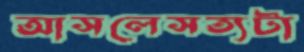
আসলেসত্যটা